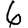
Digit: 6